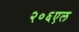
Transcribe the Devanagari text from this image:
२०६एल